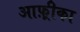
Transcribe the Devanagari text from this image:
आफ़्रीका